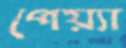
পেয়্যা